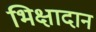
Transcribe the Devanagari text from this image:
भिक्षादान